Vaccination North-Western Provinces 1866-1877 - 1866-1877
Year: 1866
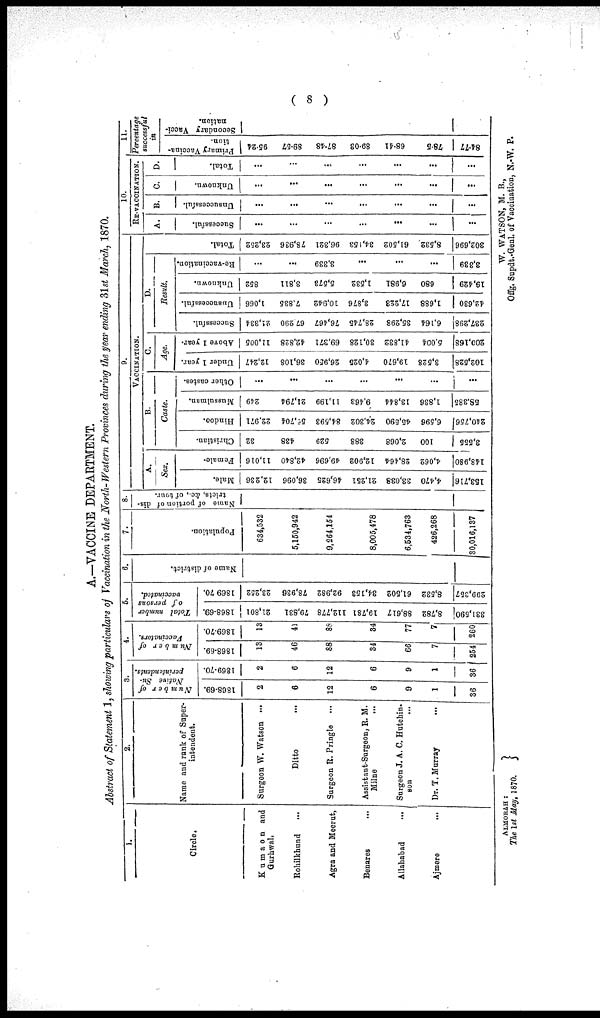
( 8 )
A.—VACCINE DEPARTMENT.
Abstract of Statement 1, showing particulars of Vaccination in the North-Western Provinces during the year ending 31st March, 1870.
1.
Circle.
Kumaon and
Gurhwal.
Rohilkhnnd ...
Agra and Meerut,
Benares ...
Allahabad
...
Ajmere
...
2.
Name and rank of Super-
intendent.
Surgeon W. Watson ...
Ditto ...
Surgeon R. Pringle ...
Assistant-Surgeon, R. M.
Milne ...
Surgeon J. A. C. Hutchin¬
son ...
Dr. T.Murray ...
3.
Number of
Native Su-
perintendents.
1868-69.
2
6
12
6
9
1
36
1869-70.
2
6
12
6
9
1
36
4.
Number of
Vaccinators.
1868-69.
13
46
88
34
66
7
254
1869-70.
13
41
88
34
77
7
260
5.
Total number
of persons
vaccinated.
1868-69.
21,801
79,831
112,778
19,781
88,617
8,782
331,590
1869 70.
23,252
78,936
92,982
34,153
61,502
8,532
299,357
6.
Name of district.
7.
Population.
634,532
5,150,942
9,264,154
8,005,478
6,534,763
426,268
30,016,137
8.
Name of portion of dis-
tricts, &c.,
of tour.
9.
VACCINATION.
A.
Sex.
Male.
12,236
36,096
46,625
21,251
33,038
4.470
153,716
Female.
11,016
42,840
49,696
12,902
28,464
4,062
148,980
B.
Caste.
Christian.
32
438
529
388
2,068
100
3,555
Hindoo.
22.971
56,704
84,593
24,302
45,590
6,596
240,756
Mussulman.
249
21,794
11,199
9,463
13,844
1,836
58,385
Other castes.
...
...
...
...
...
...
...
C.
Age.
Under 1 year.
12,247
36,108
26,950
4,025
19,670
3,528
102,528
Above 1 year.
11,005
42,828
69,371
30,128
41,832
5,004
200,168
D.
Result.
Successful.
24,334
67,290
76,467
28,745
35,298
6,164
237,298
Unsuccessful.
1,066
7,835
10,942
3,876
17,223
1,688
42,630
Unknown.
852
3,811
5,573
1,532
6,981
680
19,429
Re-vaccination.
...
...
3,339
...
...
...
3,339
Total.
23,252
78,936
96,321
34,153
61,502
8,532
302,696
10.
RE-VACCINATION.
A.
Successful.
...
...
...
...
...
...
...
B.
Unsuccessful.
...
...
...
...
...
...
...
C.
Unknown.
...
...
...
...
...
...
...
D.
Total.
...
...
...
...
...
...
...
11.
Percentage
successful
in
Primary Vaccina-
tion
95.24
89.57
87.48
89.03
68.41
78.5
84.77
Secondary Vacci-
nation.
ALMORAH:
The 1st May, 1870.
W. WATSON, M. B.,
Offg. Supdt.-Genl. of Vaccination, N.-W. P.